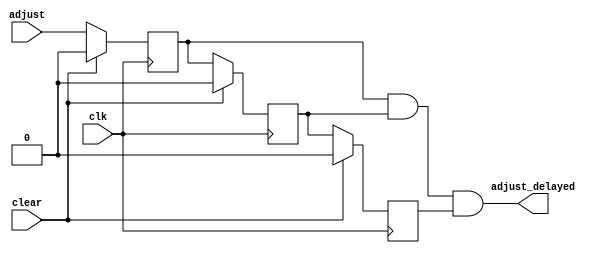
module smoother(
input clk,
input clear,
input adjust,
output adjust_delayed
);

reg adjust_delay1, adjust_delay2, adjust_delay3;

assign adjust_delayed = adjust_delay1 & adjust_delay2 & adjust_delay3;

always@(posedge clk) begin
	if(clear) begin
		adjust_delay1 <= 1'b0;
		adjust_delay2 <= 1'b0;
		adjust_delay3 <= 1'b0;
	end
	else begin
		adjust_delay1 <= adjust;
		adjust_delay2 <= adjust_delay1;
		adjust_delay3 <= adjust_delay2;
	end
end

endmodule